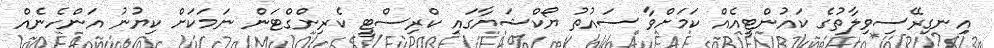
އިނގިރޭސިވިލާތުގެ ކައުންޓީއެއް ކަމަށްވާ ސައުތު ޔޯކްޝަޔާގައި ކްރިސްޓީ ކެރިންގްޓަން ނަމަކަށް ކިޔުނު އަންހެނެއް